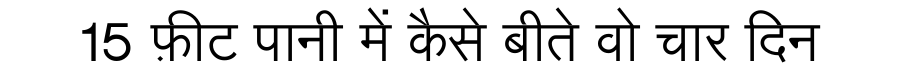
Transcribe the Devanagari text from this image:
15 फ़ीट पानी में कैसे बीते वो चार दिन